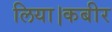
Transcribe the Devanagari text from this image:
लिया।कबीर